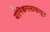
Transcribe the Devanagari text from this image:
योनिकमलापासून